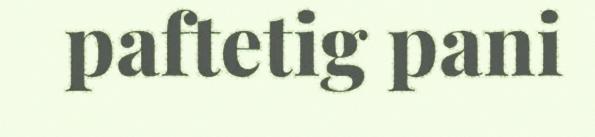
paftetig pani